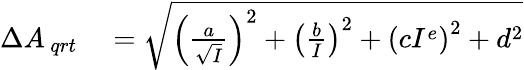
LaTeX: \begin{array}{rl}{\Delta{{A_{\, qrt}}}}&{{}=\sqrt{\left(\frac{a}{\sqrt{I}}\right)^{2}+\left(\frac{b}{I}\right)^{2}+\left(cI^{e}\right)^{2}+d^{2}}}\end{array}